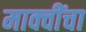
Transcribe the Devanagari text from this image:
माक्वींचा